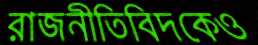
রাজনীতিবিদকেও